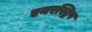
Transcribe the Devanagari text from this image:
एयरस्ट्रिप